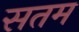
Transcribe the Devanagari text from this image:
सतम